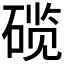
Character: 𬒗